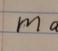
Signature authenticity: forged